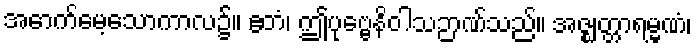
အောက်မေ့သောကာလ၌။ ဧတံ၊ ဤပုဗ္ဗေနိဝါသဉာဏ်သည်။ အဇ္ဈတ္တာရမ္မဏံ၊